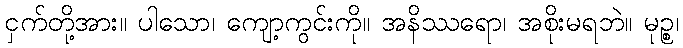
ငှက်တို့အား။ ပါသော၊ ကျော့ကွင်းကို။ အနိဿရော၊ အစိုးမရဘဲ။ မုဉ္စ၊